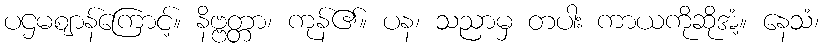
ပဌမဈာန်ကြောင့်။ နိဗ္ဗတ္တာ၊ ကုန်၏။ ပန၊ သညာမှ တပါး ကာယကိုဆိုအံ့။ နေသံ၊